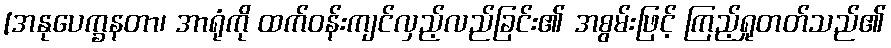
[အနုပေက္ခနတာ၊ အာရုံကို ထက်ဝန်းကျင်လှည့်လည်ခြင်း၏ အစွမ်းဖြင့် ကြည့်ရှုတတ်သည်၏